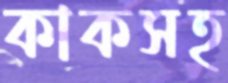
কাকসহ